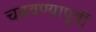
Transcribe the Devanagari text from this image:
चढवण्यापूर्वी